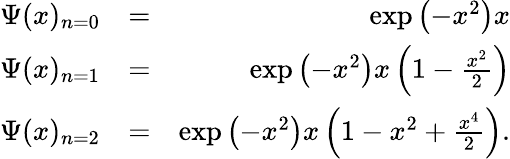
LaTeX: \begin{array}{rlr}{\Psi(x)_{n=0}}&{=}&{\exp\left(-x^{2}\right)x}\\ {\Psi(x)_{n=1}}&{=}&{\exp\left(-x^{2}\right)x\left(1-\frac{x^{2}}{2}\right)}\\ {\Psi(x)_{n=2}}&{=}&{\exp\left(-x^{2}\right)x\left(1-x^{2}+\frac{x^{4}}{2}\right).}\end{array}